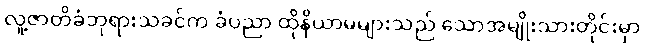
လူ့ဇာတိခံဘုရားသခင်က ခံပညာ ထိုနိယာမများသည် သောအမျိုးသားတိုင်းမှာ